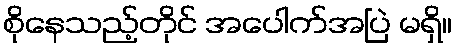
စိုနေသည့်တိုင် အပေါက်အပြဲ မရှိ။